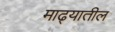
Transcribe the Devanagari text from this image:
माढ्यातील